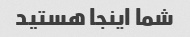
شما اینجا هستید